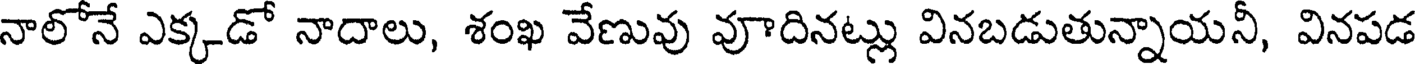
నాలోనే ఎక్కడో నాదాలు, శంఖ వేణువు వూదినట్లు వినబడుతున్నాయనీ, వినపడ